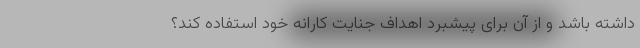
داشته باشد و از آن برای پیشبرد اهداف جنایت کارانه خود استفاده کند؟